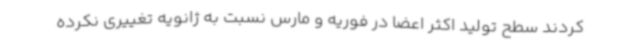
کردند سطح تولید اکثر اعضا در فوریه و مارس نسبت به ژانویه تغییری نکرده